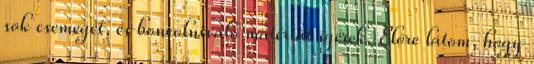
sok csemegét, és boncolnivaló matériát ígérek. Előre látom, hogy